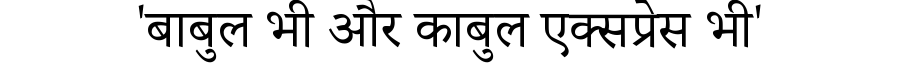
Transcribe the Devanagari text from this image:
'बाबुल भी और काबुल एक्सप्रेस भी'